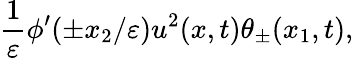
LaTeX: \frac{1}{\varepsilon}\phi^{\prime}(\pm x_{2}/\varepsilon)u^{2}(x,t)\theta_{\pm}(x_{1},t),